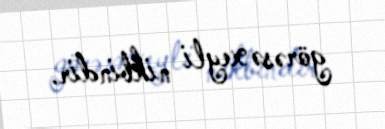
görəsə xeyli nikbindir.